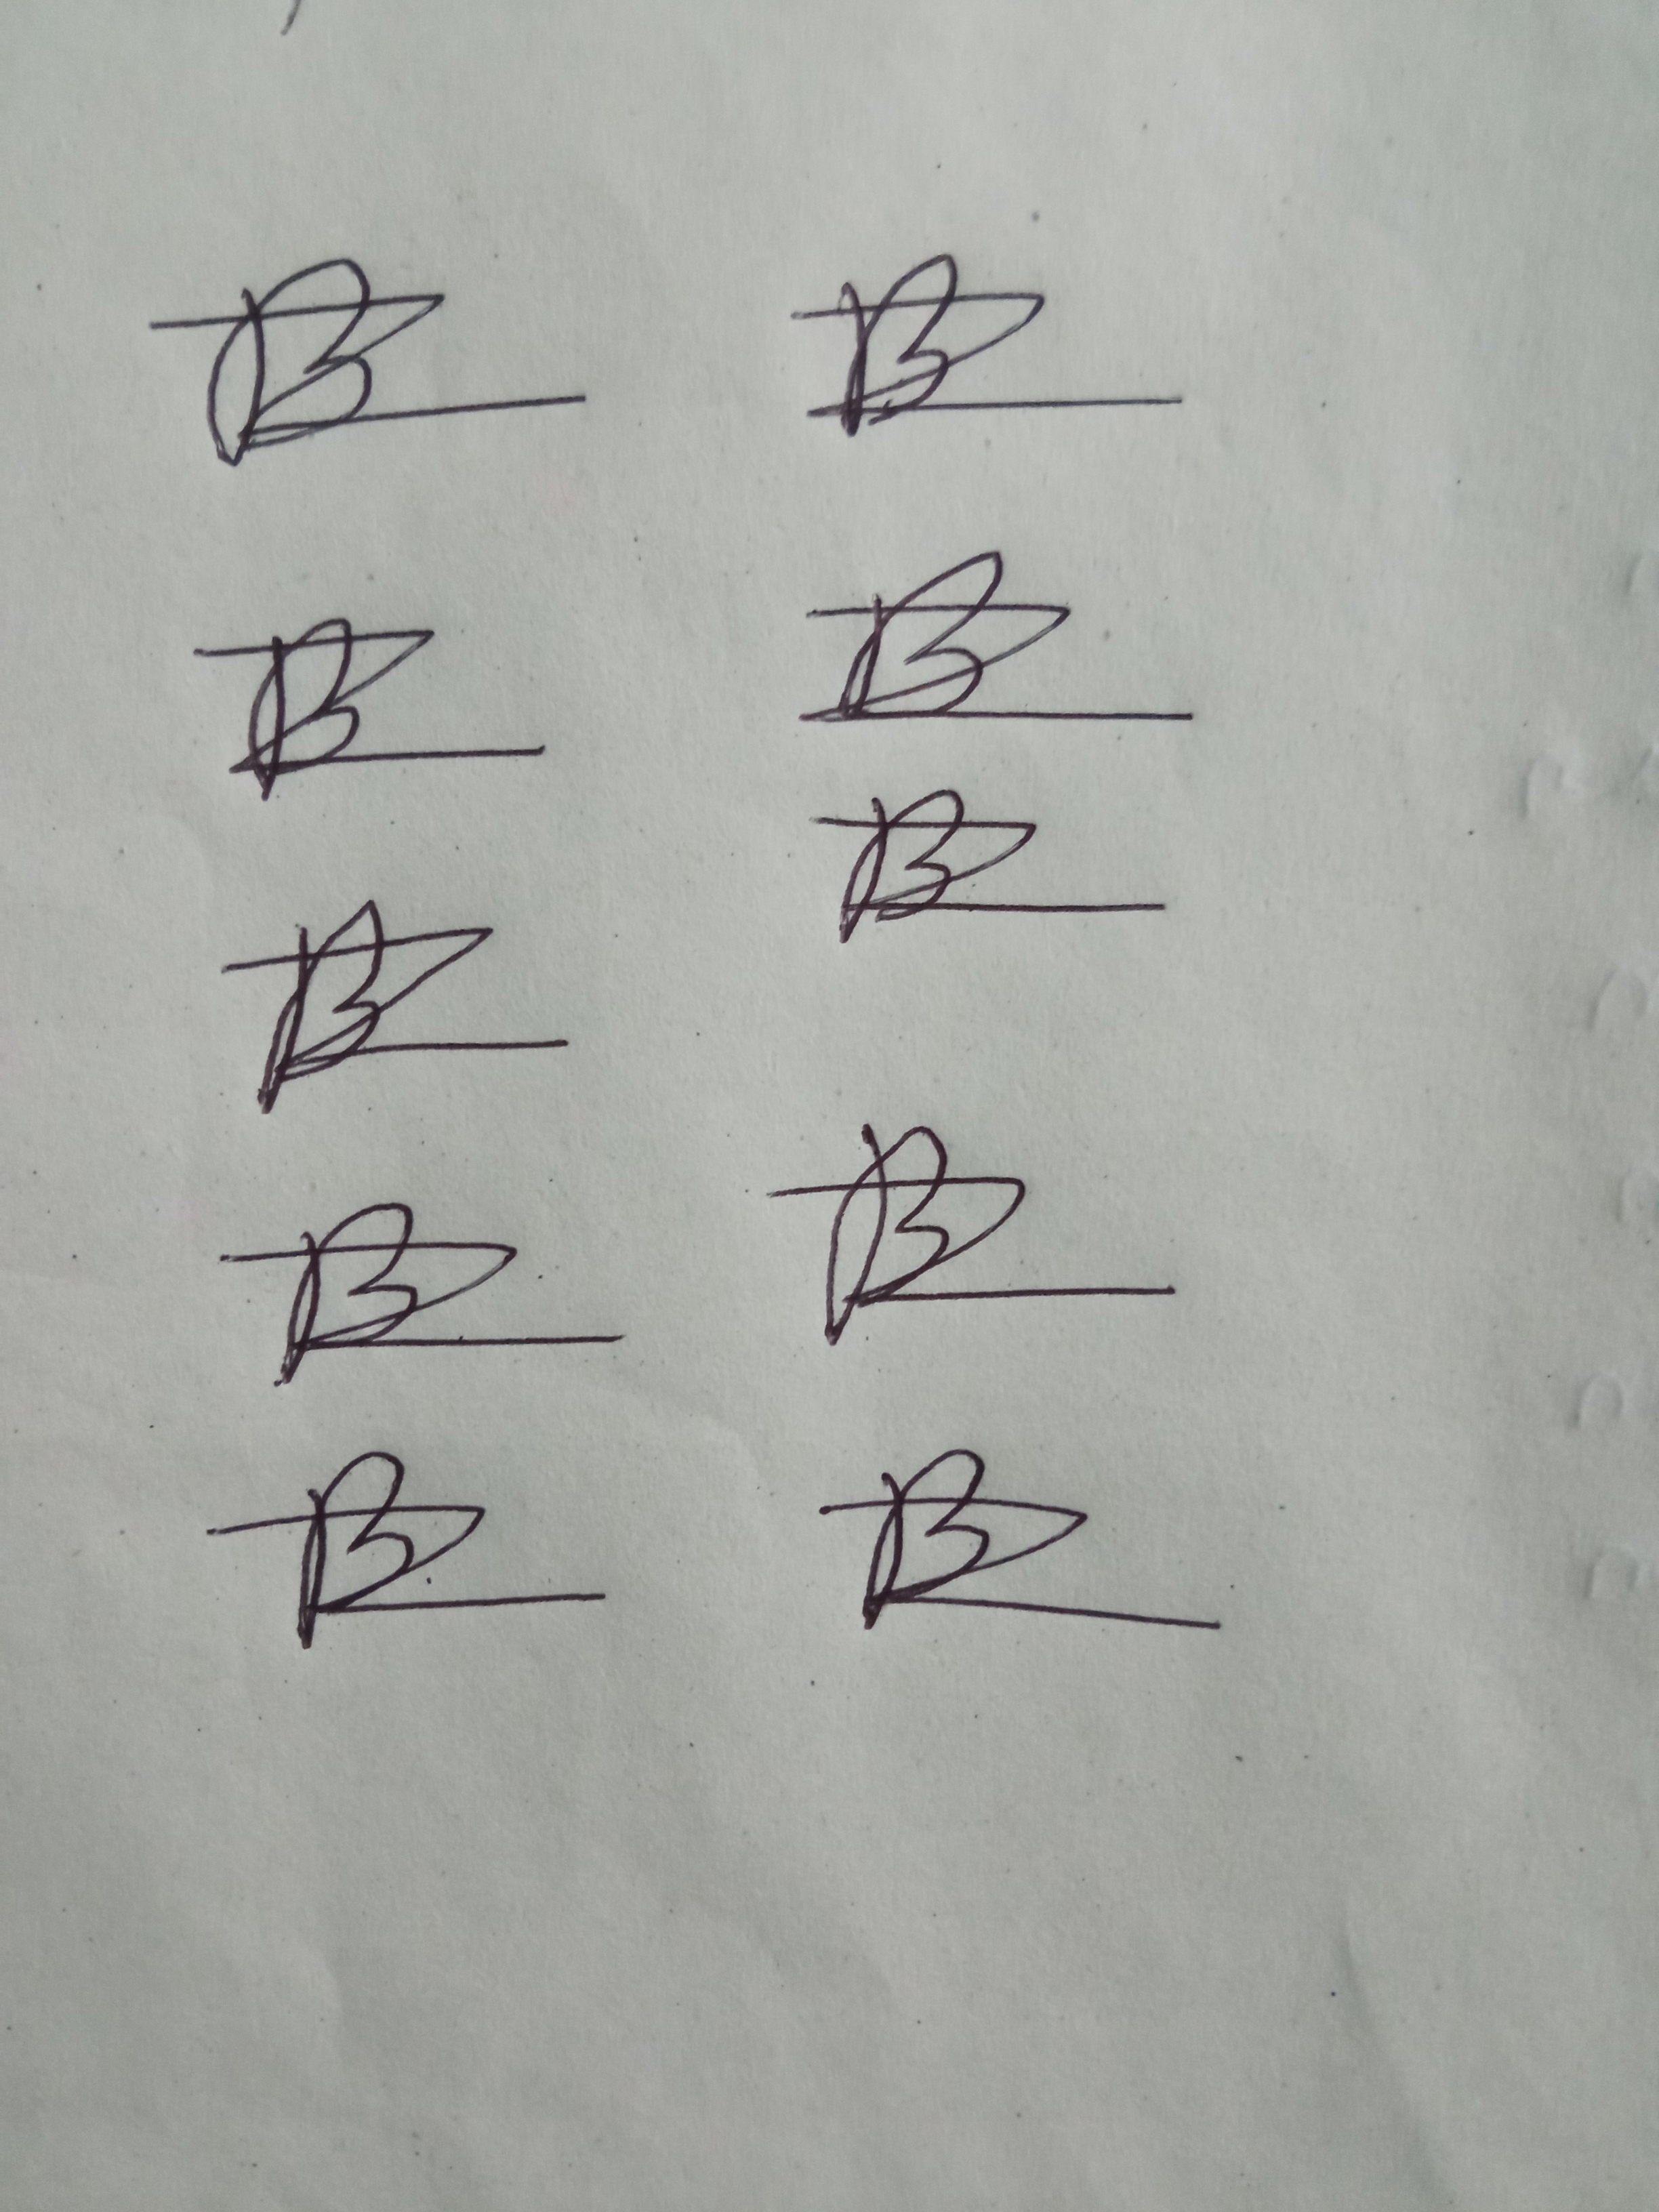
Signature authenticity: forged